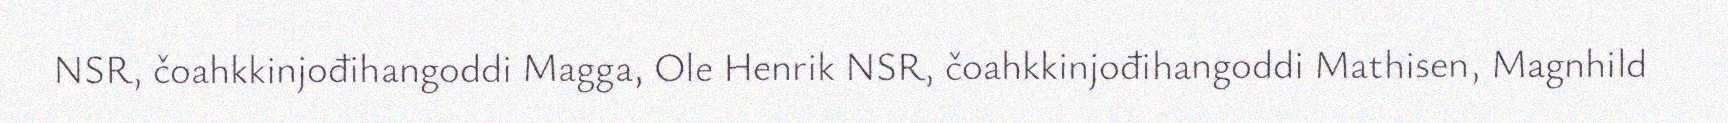
NSR, čoahkkinjođihangoddi Magga, Ole Henrik NSR, čoahkkinjođihangoddi Mathisen, Magnhild